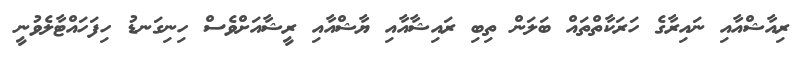
ރިއާޝްއާއި ނައިރާގެ ހަރަކާތްތައް ބަލަން ތިބި ރައިޝާއާއި ޔާޝްއާއި ރީޝާއަށްވެސް ހިނިގަނޑު ހިފަހައްޓާލެވުނީ